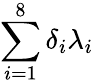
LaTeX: \sum_{i=1}^{8}\delta_{i}\lambda_{i}